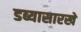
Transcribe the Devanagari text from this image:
डब्यासारखे